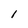
Character: 1